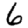
Digit: 6